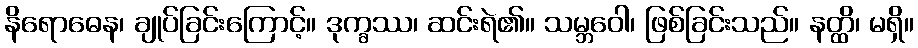
နိရောဓေန၊ ချုပ်ခြင်းကြောင့်။ ဒုက္ခဿ၊ ဆင်းရဲ၏။ သမ္ဘဝေါ၊ ဖြစ်ခြင်းသည်။ နတ္ထိ၊ မရှိ။